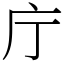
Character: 庁